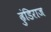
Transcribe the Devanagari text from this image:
ढुंडिराज